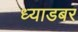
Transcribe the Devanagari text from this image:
ध्याडबर